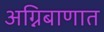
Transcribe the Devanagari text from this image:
अग्निबाणात